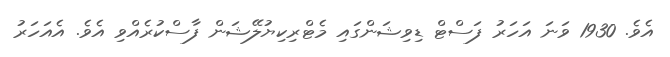
އެވެ. 1930 ވަނަ އަހަރު ފަސްޓް ޑިވިޝަންގައި މެޓްރިކިޔުލޭޝަން ފާސްކުރެއްވި އެވެ. އެއަހަރު